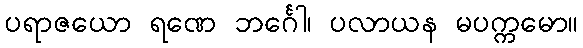
ပရာဇယော ရဏေ ဘင်္ဂေါ၊ ပလာယန မပက္ကမော။